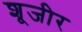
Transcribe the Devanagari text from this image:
शूजीर